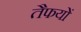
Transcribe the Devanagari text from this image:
तैफयों